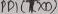
Text: PB1